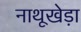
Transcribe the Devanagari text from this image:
नाथूखेड़ा